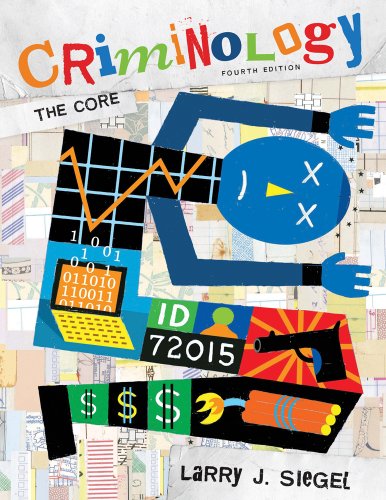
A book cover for Criminology: The Core, 4th Edition; Larry J. Siegel; Law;